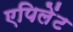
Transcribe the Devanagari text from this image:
एपिलेंट